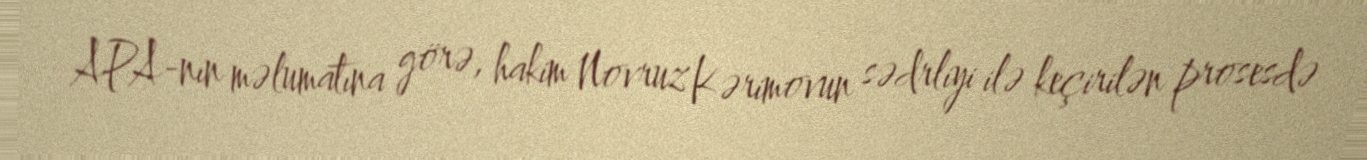
APA-nın məlumatına görə, hakim Novruz Kərimovun sədrliyi ilə keçirilən prosesdə